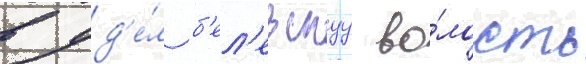
в уд'е́л б'ел'евскуу во́лость